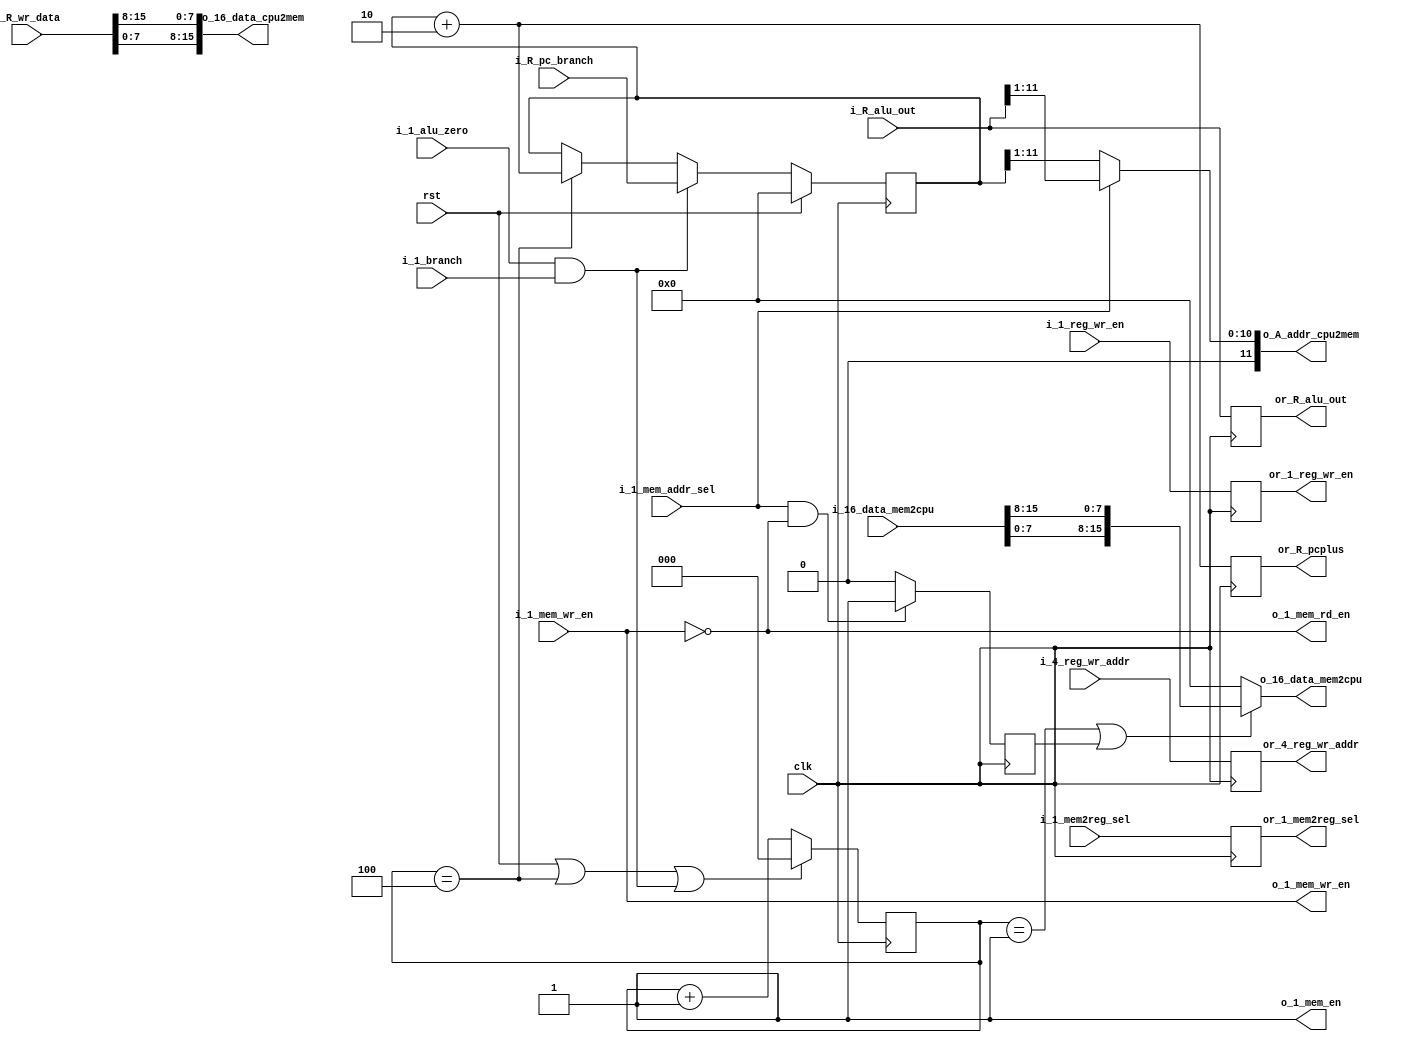
// Fetch and memory write module
// Group 3
// ashan8k@gmail.com

module fetch_mem_wr #(
	parameter	ADDR_WIDTH=12,
	parameter	REG_WIDTH=16)(
	
	// System related sygnals 
	input 	wire	clk,
	input 	wire	rst,

	// decoder related 
	output	wire	[15:0] 		o_16_data_mem2cpu, 	// connected to register out of the memory
	output	reg	[REG_WIDTH-1:0] or_R_pcplus,	

	// write_reg related
	output	reg	[REG_WIDTH-1:0]	or_R_alu_out,
	output	reg			or_1_mem2reg_sel,
	output	reg	[3:0] 		or_4_reg_wr_addr,
	output	reg			or_1_reg_wr_en,
 
	// inputs from execute.v 
	input	wire 			i_1_alu_zero,
	input	wire 	[REG_WIDTH-1:0]	i_R_alu_out,
	input	wire	[REG_WIDTH-1:0]	i_R_wr_data,
	input	wire	[3:0]		i_4_reg_wr_addr,
	input	wire  	[REG_WIDTH-1:0]	i_R_pc_branch,

	// Inputs comming from Execute related ports - controller's ports
	input	wire			i_1_mem_addr_sel,
	input	wire			i_1_reg_wr_en,
	input	wire			i_1_mem2reg_sel,
	input	wire			i_1_mem_wr_en,
	input	wire			i_1_branch,

	// RAM related ports
	input	wire	[15:0] 		i_16_data_mem2cpu,
	output	wire			o_1_mem_en,
	output	wire			o_1_mem_rd_en,
	output	wire			o_1_mem_wr_en,
	output	wire	[15:0]		o_16_data_cpu2mem,
	output	wire	[ADDR_WIDTH-1:0]o_A_addr_cpu2mem);
	// END OF PORTS
	
	// delaying reset
	//reg reset_d;
//	always@(posedge clk) reset_d <= rst;

//	wire [15:0]w_i_16_data_mem2cpu = (reset_d)? 0 : i_16_data_mem2cpu;
	
	// hazard controlling 
	// here i'm blindly giving fixed delay initial step not comparing value f
	reg	[2:0] counter;	// 3 bit counter need hold system for 6 cycles - worst case 
	always @ (posedge clk) begin
		if (rst == 1 || counter == 3'b100 || (i_1_alu_zero&& i_1_branch)) begin
			counter	<= 'h0;
		end
		else	begin
			counter <= counter + 1;
		end
	end
	wire 	[15:0] w_16_data_mem2cpu;
	assign	w_16_data_mem2cpu = {i_16_data_mem2cpu[7:0], i_16_data_mem2cpu[15:8]};

	//register definition
	reg	[REG_WIDTH-1:0] pc;
	
	always @ (posedge clk) begin
		if (rst == 1)	pc <= 'h0;
		else begin
			if(i_1_alu_zero && i_1_branch) begin 
				pc <= i_R_pc_branch;	// mux for branch
			end 
			else if(counter == 4) pc <= pc+2;			// HOLD PC in hazard  // HAZARD
			else pc <= pc;
		end
	end
	
	// if i_1_mem_addr_sel == 1 and i_1_mem_wr_en == 0 then next clk cycle o_16_data_mem2cpu shoud be w_16_data_mem2cpu;
	reg loading_from_memory;
	always @ (posedge clk) begin
		if( i_1_mem_addr_sel == 1 && i_1_mem_wr_en == 0)
			loading_from_memory <=1;
		else 
			loading_from_memory <=0;
	end

	// memory connection

	// need to hold the mem2cpu data while pc is not incremnting// exception when 
	assign	o_16_data_mem2cpu	= (counter == 1 || loading_from_memory == 1) ? w_16_data_mem2cpu : 'h0 ; //	assigning value into the output wire // need machanism in 32 bit system -Ashan
	assign	o_A_addr_cpu2mem	= (i_1_mem_addr_sel) ? i_R_alu_out[ADDR_WIDTH-1:0]>>1 : pc[ADDR_WIDTH-1:0]>>1;	// mux 
	// >> 1 is to divide the addr by 2 just before giving to RAM
	assign 	o_16_data_cpu2mem	= {i_R_wr_data[7:0],i_R_wr_data[15:8]}; // need machanism in 32 bit system -Ashan 
	assign 	o_1_mem_en		= 1'b1;		// RAM enable always ON
	assign	o_1_mem_rd_en		= ~(i_1_mem_wr_en);	// RAM READ
	assign	o_1_mem_wr_en		= i_1_mem_wr_en;	// RAM 



	
	always @ (posedge clk)  begin
		or_R_pcplus	<= pc+2; // incase need to increment use exact value in pc <= pc+2
		or_R_alu_out	<= i_R_alu_out;
		or_1_mem2reg_sel<= i_1_mem2reg_sel;
		or_4_reg_wr_addr<= i_4_reg_wr_addr;
		or_1_reg_wr_en	<= i_1_reg_wr_en;
	end	



endmodule